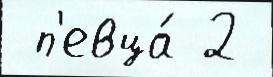
 п'евца́ 2